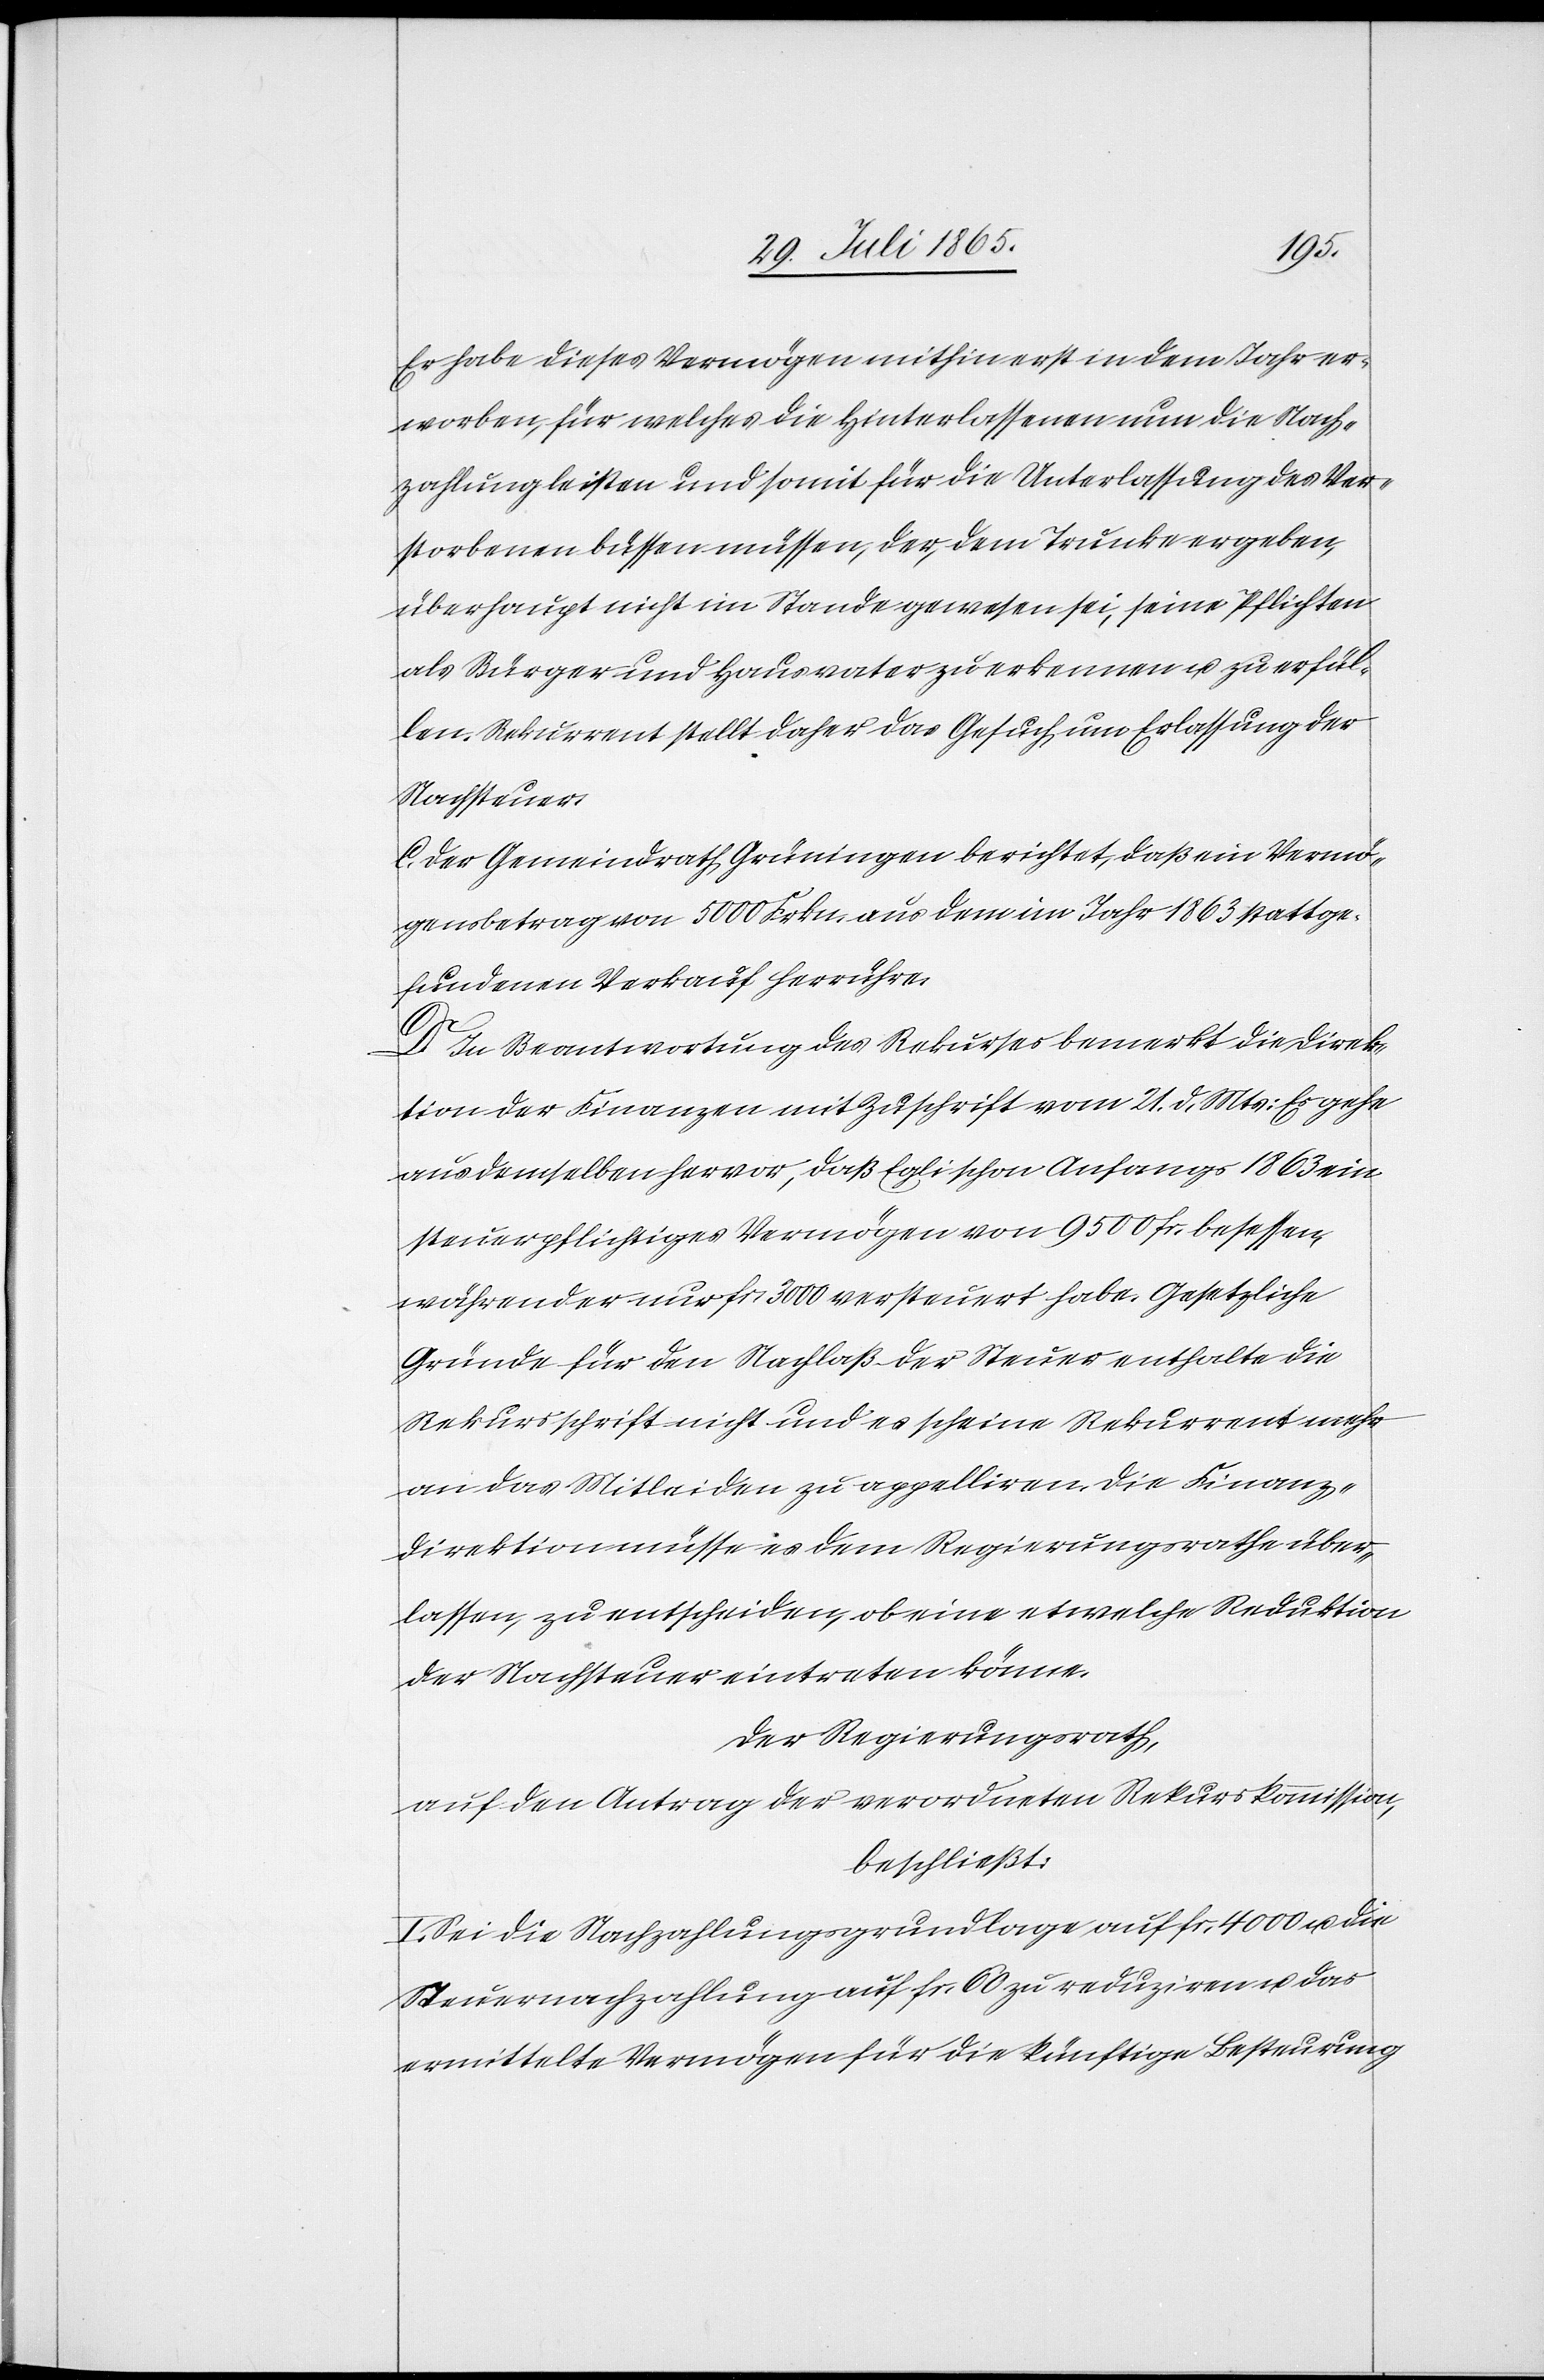
Er habe dieses Vermögen mithin erst in dem Jahr er¬
worben, für welches die Hinterlassenen nun die Nach¬
zahlung leisten und somit für die Unterlassung des Ver¬
storbenen büssen müssen, der, dem Trunke ergeben,
überhaupt nicht im Stande gewesen sei, seine Pflichten
als Bürger und Hausvater zu erkennen u. zu erfül¬
len. Rekurrent stellt daher das Gesuch um Erlassung der
Nachsteuer.
C. Der Gemeindrath Grüningen berichtet, daß ein Vermö¬
gensbetrag von 5000 Frkn. aus dem im Jahr 1863 stattge¬
fundenen Verkauf herrühre.
D. In Beantwortung des Rekurses bemerkt die Direk¬
tion der Finanzen mit Zuschrift vom 21. d. Mts: Es gehe
aus demselben hervor, daß Egli schon Anfangs 1863 ein
steuerpflichtiges Vermögen von 9500 fr. besessen,
während er nur fr. 3000 versteuert habe. Gesetzliche
Gründe für den Nachlaß der Steuer enthalte die
Rekursschrift nicht und es scheine Rekurrent mehr
an das Mitleiden zu appelliren. Die Finanz¬
direktion müsse es dem Regierungsrathe über¬
lassen, zu entscheiden, ob eine etwelche Reduktion
der Nachsteuer eintreten könne.
Der Regierungsrath,
auf den Antrag der verordneten Rekurskommission,
beschließt:
I. Sei die Nachzahlungsgrundlage auf fr. 4000 u. die
Steuernachzahlung auf fr. 60 zu reduziren u. das
ermittelte Vermögen für die künftige Besteurung